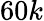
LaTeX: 60k